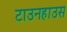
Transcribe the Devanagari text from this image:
टाउनहाउस